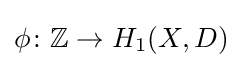
\phi \colon \mathbb {Z} \to H_{1}(X,D)